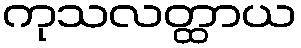
ကုသလတ္ထာယ